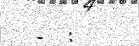
-  :